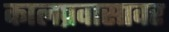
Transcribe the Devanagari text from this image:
कालप्रवासावर